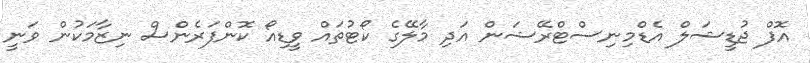
އޮފް ޖުޑީޝަލް އެޑްމިނިސްޓްރޭޝަން އަދި މާލޭގެ ކޯޓުތައް ވީޑިއޯ ކޮންފަރެންސް ނިޒާމަކުން ވަނީ